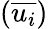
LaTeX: (\overline{{u_{i}}})